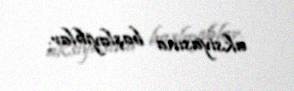
aksiyasına başlayıblar.